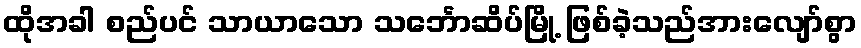
ထိုအခါ စည်ပင် သာယာသော သင်္ဘောဆိပ်မြို့ ဖြစ်ခဲ့သည်အားလျော်စွာ